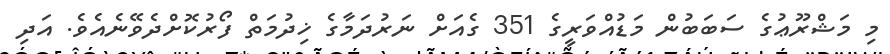
މި މަޝްރޫޢުގެ ސަބަބުން މަޑުއްވަރީގެ 351 ގެއަށް ނަރުދަމާގެ ޚިދުމަތް ފޯރުކޮށްދެވޭނެއެވެ. އަދި